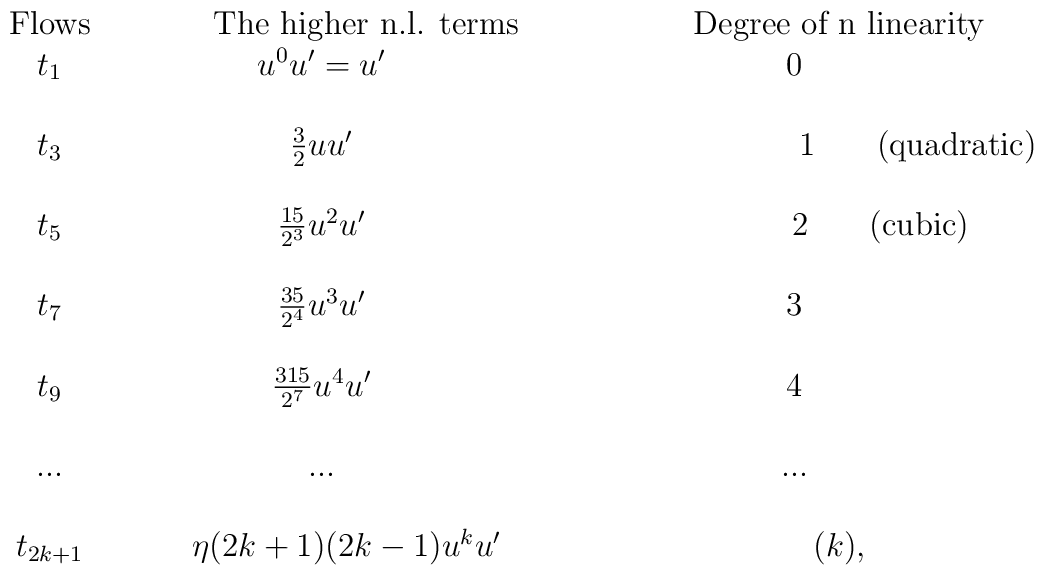
\begin{tabular}{ccc}\\\\Flows  &\hspace{1cm} The higher n.l. terms  &\hspace{1cm}  Degree of n linearity \\ $t_{1}$       &   $u^{0}u'=u'$     &  $0$               \\ \\$t_{3}$       &   $\frac{3}{2}uu'$       &\hspace{3cm}  $1$ \hspace{0,5cm} (quadratic)               \\ \\$t_{5}$       &   $\frac{15}{2^{3}}u^{2}u'$       & \hspace{2,05cm}  $2$ \hspace{0,5cm}  (cubic)               \\ \\$t_{7}$       &   $\frac{35}{2^{4}}u^{3}u'$       &  $3$               \\ \\$t_{9}$       &   $\frac{315}{2^{7}}u^{4}u'$       &  $4$               \\\\...           &...                 &...                     \\\\$t_{2k+1}$    &  \hspace{0,5cm}  $ \eta {(2k+1)(2k-1)}u^{k}u'$   & \hspace{1cm} $(k)$, \end{tabular}